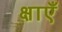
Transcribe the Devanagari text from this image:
क्षाएँ